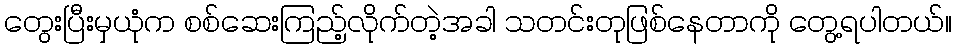
တွေးပြီးမှယုံက စစ်ဆေးကြည့်လိုက်တဲ့အခါ သတင်းတုဖြစ်နေတာကို တွေ့ရပါတယ်။